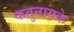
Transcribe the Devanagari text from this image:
कतुनायके